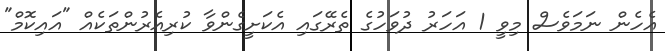
އެހެން ނަމަވެސް މިވީ 1 އަހަރު ދުވަހުގެ ތެރޭގައި އެކަށީގެންވާ ކުރިއެރުންތަކެއް "އައިކޮމް"